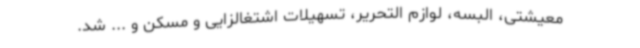
معیشتی، البسه، لوازم التحریر، تسهیلات اشتغالزایی و مسکن و ... شد.